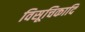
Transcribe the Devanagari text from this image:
विसूचिकादि